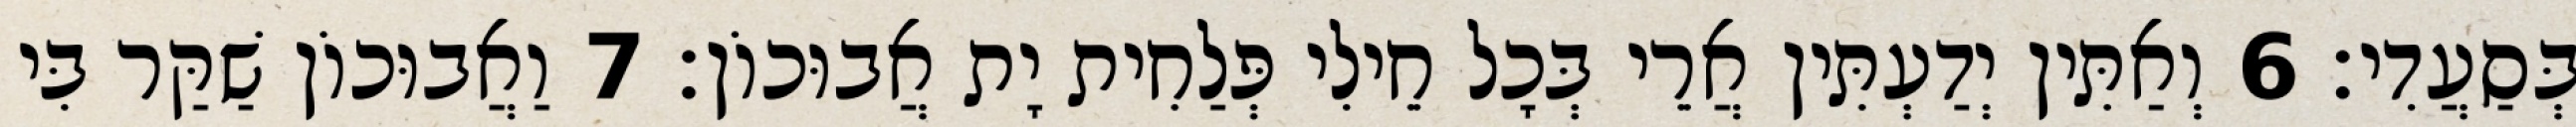
בְּסַעֲדִי׃ 6 וְאַתִּין יְדַעְתִּין אֲרֵי בְּכָל חֵילִי פְּלַחִית יָת אֲבוּכוֹן׃ 7 וַאֲבוּכוֹן שַׁקַּר בִּי